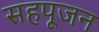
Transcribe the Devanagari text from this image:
सहपूजन